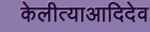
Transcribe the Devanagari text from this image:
केलीत्याआदिदेव